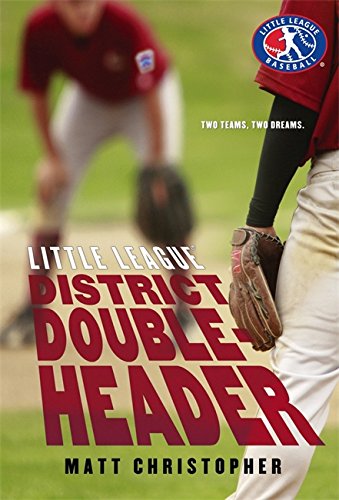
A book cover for District Doubleheader (Little League); Matt Christopher; Children's Books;